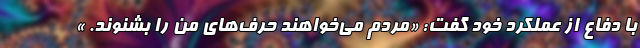
با دفاع از عملکرد خود گفت: «مردم می‌خواهند حرف‌های من را بشنوند. »